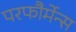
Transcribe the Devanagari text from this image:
परफौर्मेन्स